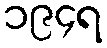
၁၉၄ရ